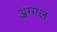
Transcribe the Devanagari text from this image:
अग्गल